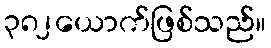
၃၈၂ယောက်ဖြစ်သည်။